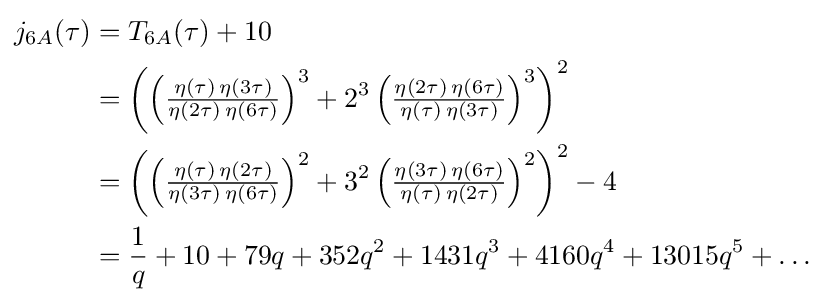
{\begin{aligned}j_{6A}(\tau )&=T_{6A}(\tau )+10\\&=\left(\left({\tfrac {\eta (\tau )\,\eta (3\tau )}{\eta (2\tau )\,\eta (6\tau )}}\right)^{3}+2^{3}\left({\tfrac {\eta (2\tau )\,\eta (6\tau )}{\eta (\tau )\,\eta (3\tau )}}\right)^{3}\right)^{2}\\&=\left(\left({\tfrac {\eta (\tau )\,\eta (2\tau )}{\eta (3\tau )\,\eta (6\tau )}}\right)^{2}+3^{2}\left({\tfrac {\eta (3\tau )\,\eta (6\tau )}{\eta (\tau )\,\eta (2\tau )}}\right)^{2}\right)^{2}-4\\&={\frac {1}{q}}+10+79q+352q^{2}+1431q^{3}+4160q^{4}+13015q^{5}+\dots \end{aligned}}